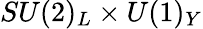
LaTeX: SU(2)_{L}\times U(1)_{Y}